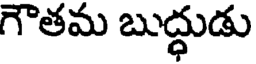
గౌతమ బుద్ధుడు